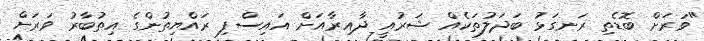
"ވަރަށް ބޮޑެތި ރަނގަޅު ބަދަލުތަކެއް ޝަރުއީ ދާއިރާއަށް އައިސްފި ރައްޔިތުންގެ އިތުބާރު ވަރަށް